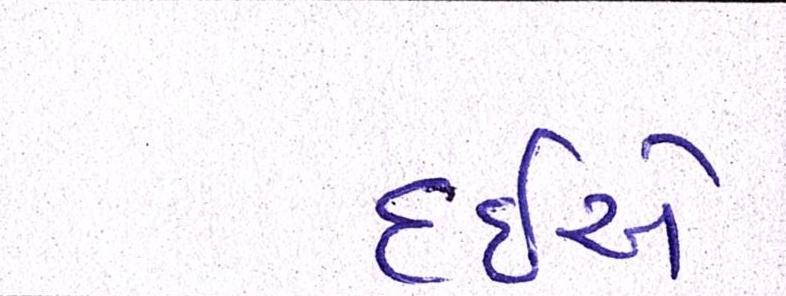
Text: દઇએ